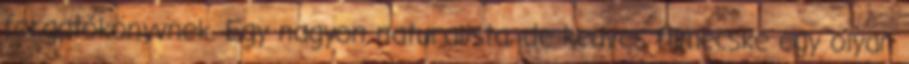
forgatókönyvnek. Egy nagyon naturalista, de kedves filmecske egy olyan